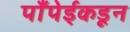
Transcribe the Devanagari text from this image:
पाँपेईकडून